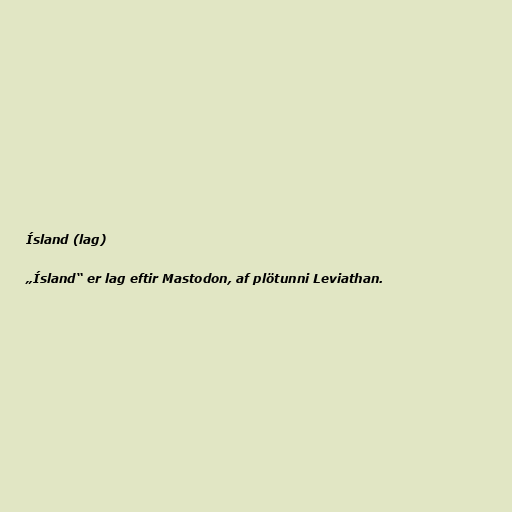
Ísland (lag)

„Ísland“ er lag eftir Mastodon, af plötunni Leviathan.